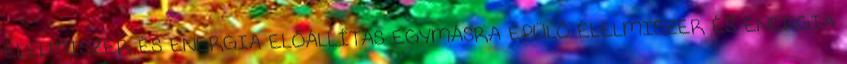
ÉLELMISZER ÉS ENERGIA ELŐÁLLÍTÁS EGYMÁSRA ÉPÜLŐ ÉLELMISZER ÉS ENERGIA